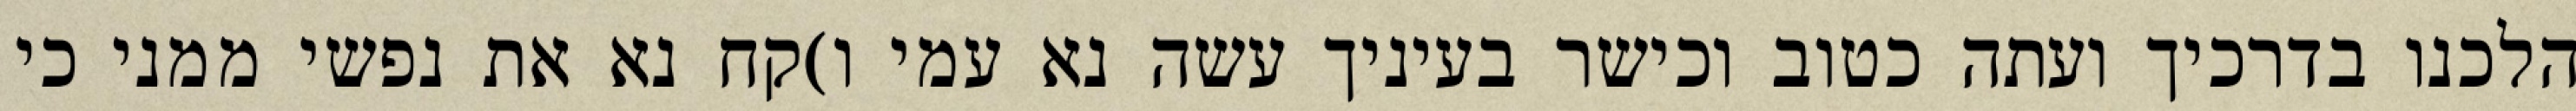
הלכנו בדרכיך ועתה כטוב וכישר בעיניך עשה נא עמי ו)קח נא את נפשי ממני כי